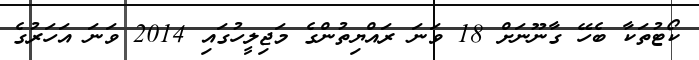
ކޯޓުތަކާ ބެހޭ ގާނޫނަށް 18 ވަނަ ރައްޔިތުންގެ މަޖިލީހުގައި 2014 ވަަނަ އަހަރުގެ